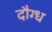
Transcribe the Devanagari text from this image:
दौग्ध